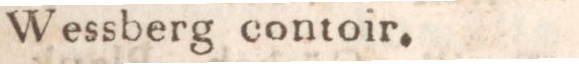
Wessberg contoir.